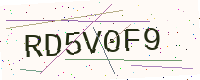
Text: RD5V0F9